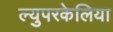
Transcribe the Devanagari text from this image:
ल्युपरकेलिया